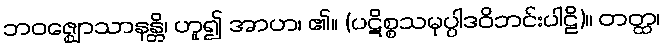
ဘဝဇ္ဈောသာနန္တိ၊ ဟူ၍ အာဟ၊ ၏။ (ပဋိစ္စသမုပ္ပါဒဝိဘင်းပါဠိ)။ တတ္ထ၊